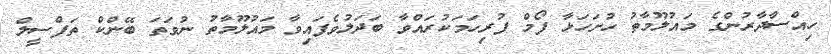
ހިއްސާދާރުންގެ މައުލޫމާތު ހުށަހަޅާ ފޯމް ފުރިހަމަކުރައްވާ ބަދަލުވެފައިވާ މައުލޫމާތު ނުވަތަ ބޭންކް ތަފްސީލް